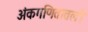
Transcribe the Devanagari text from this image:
अंकगणितातली